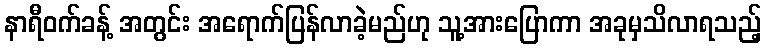
နာရီဝက်ခန့် အတွင်း အရောက်ပြန်လာခဲ့မည်ဟု သူ့အားပြောကာ အခုမှသိလာရသည့်